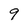
Character: 9